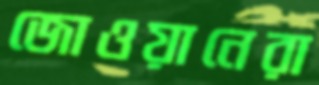
জোওয়ানেরা